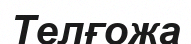
Телғожа